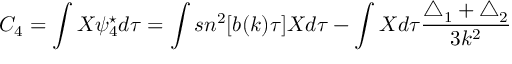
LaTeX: C _ { 4 } = \int X \psi _ { 4 } ^ { \star } d \tau = \int s n ^ { 2 } [ b ( k ) \tau ] X d \tau - \int X d \tau \frac { \triangle _ { 1 } + \triangle _ { 2 } } { 3 k ^ { 2 } }